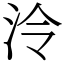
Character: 泠